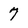
Character: 7